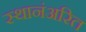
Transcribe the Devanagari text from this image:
स्थानंअरित